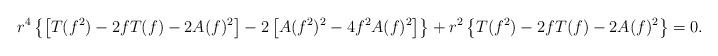
LaTeX: \begin{align*} r^{4} \left\{ \left[T(f^{2})-2fT(f)-2A(f)^{2}\right]-2\left[A(f^{2})^{2}-4f^{2}A(f)^{2}\right] \right\}+ r^{2}\left\{ T(f^{2})-2fT(f)-2A(f)^{2} \right\} =0. \end{align*}